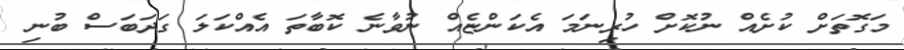
މަގޮތަށް ކުށެއް ނުކޮށް ހުރިނަމަ އެކަންޏެއް ނުވާނެ ކޮބާތަ އެއްކަލަ ގަދަބަސް ބުނި